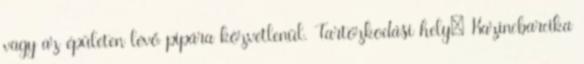
vagy az épületen lévő pipára közvetlenül. Tartózkodási hely: Kazincbarcika